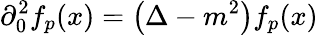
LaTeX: \partial_{0}^{2}f_{p}(x)=\left(\Delta-m^{2}\right)f_{p}(x)